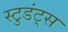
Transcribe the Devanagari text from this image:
स्टुडंट्‌स